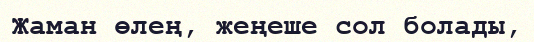
Жаман өлең, жеңеше сол болады,